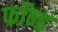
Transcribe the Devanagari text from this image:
फॉन्ड